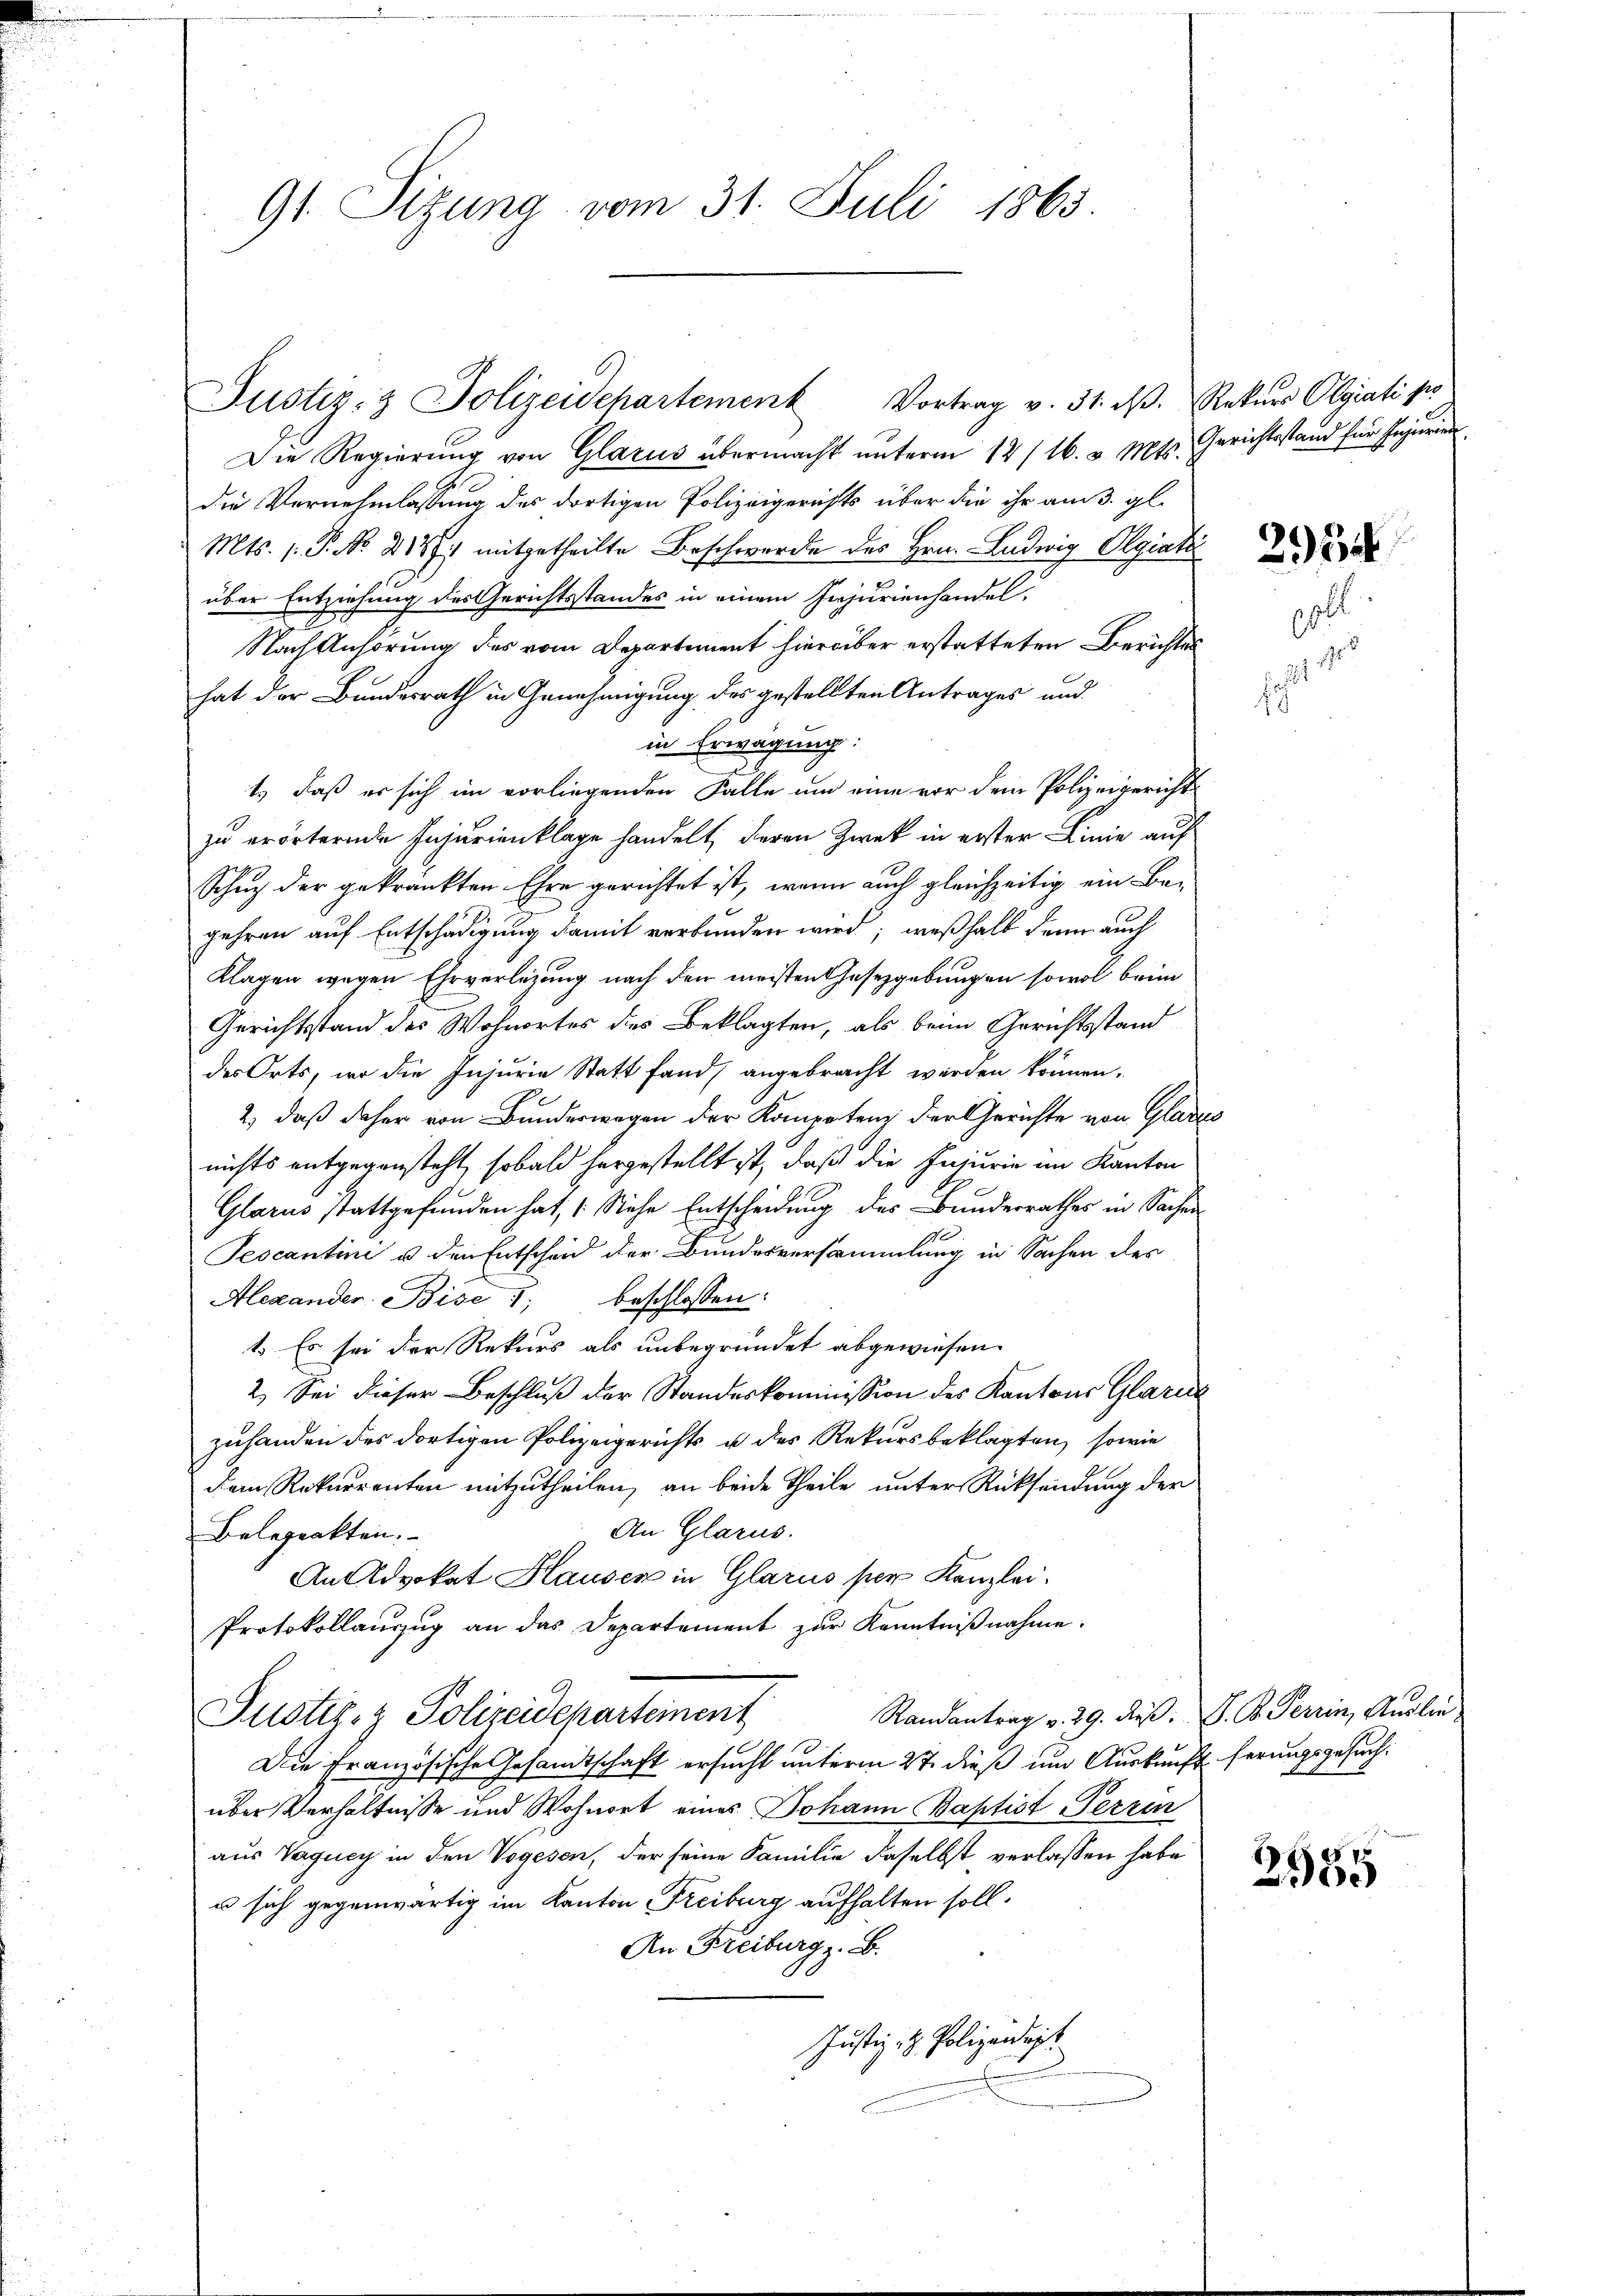
91 Sizung vom 31. Juli 1863.

Justiz- & Polizeidchartement Vortrag v. 31. dβ. Rekurs Olgiali po

Die Regierŭng von Glarus übermacht ŭnterm 12/16. v. Mts. Gerichtsstand für Injurien
die Vernehmlassung des dortigen Polizeigerichts über die ihr am 3. gl.
Mts. 1. P. Nr. 21871 mitgetheilte Beschwerde des Hrn. Ludwig Olgiati
über Entziehung des Gerichtsstandes in einem Injurienhandel
Nach Anhörung des vom Departement hierüber erstatteten Berichtes
hat der Bundesrath in Genehmigung des gestellten Antrages und
in Erwägung:
1.) Daß er sich im vorliegenden Falle um eine vor dem Polizeigericht
zu erörternde Injurienklage handelt, deren Zwek in erster Linie auf
Schuz der gekränkten Ehre gerichtet ist, wenn auch gleichzeitig ein Begehren auf Entschädigung damit verbunden wird; weßhalb denn auch
Klagen wegen Ehrverlegung nach den meisten Gesetzgebungen sowol beim
Gerichtsstand des Wohnortes des Beklagten, als beim Gerichtsstand
des Orts, wo die Injurie Statt fand, angebracht werden können.
2.) daß daher von Bunderwegen der Kompetenz der Gerichte von Glarus
nichts entgegensteht, sobald hergestellt ist, daß die Injurie im Kanton
Glarus stattgefunden hat, (Siehe Entscheidung des Bundesrathes in Sachen
Pescantini u den Entscheid der Bundesversammlung in Sachen des
Alexander. Bise, beschlossen:
1. Es sei der Rekurs als unbegründet abgewiesen.
2. Sei dieser Beschluß der Standeskommission des Kantons Glarus
zuhanden des dortigen Polizeigerichts u des Rekursbeklagten sowie
dem Rekurrenten mitzutheilen, an beide Theile unter Rücksendung der
An Glarus.
Belegeakten.
An Advokat Hausen in Glarus per Kanzlei.
Protokollauszug an das Departement zur Kenntnißnahme.
Randantrag v. 29. dieß. J. K. Perrin, Auslie
Justiz- & Polizeidepartement
Die Französische Gesandtschaft ersucht unterm 27. dieß um Auskunft ferungsgesuchüber Verhältnisse und Wohnort eines Johann Baptist errin
aus Vaquey in den Vogesen, der seine Familie daselbst verlassen habe
u sich gegenwärtig im Kanton Freiburg aufhalten soll.
An Freiburg z. B.
Justiz- & Polizeidet

sch

l
115

2955